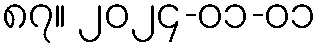
၈၇။ ၂၀၂၄-၀၁-၀၁